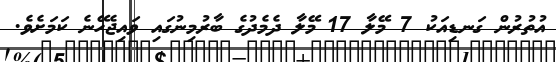
އުތުރުން ގަނޑިއަކު 7 މޭލާ 17 މޭލާ ދެމެދުގެ ބާރުމިނުގައި ވައިޖެހޭނެ ކަމަށެވެ.